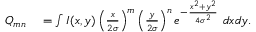
\begin{array} { r l } { Q _ { m n } } & { { } = \int I ( x , y ) \left( \frac { x } { 2 \sigma } \right) ^ { m } \left( \frac { y } { 2 \sigma } \right) ^ { n } e ^ { - \frac { x ^ { 2 } + y ^ { 2 } } { 4 \sigma ^ { 2 } } } \ d x d y . } \end{array}